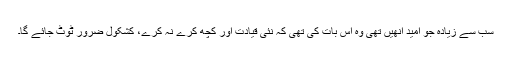
سب سے زیادہ جو امید انھیں تھی وہ اس بات کی تھی کہ نئی قیادت اور کچھ کرے نہ کرے، کشکول ضرور ٹوٹ جائے گا۔